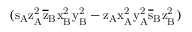
( \mathrm { s _ { A } \mathrm { z _ { A } ^ { 2 } \mathrm { \overline { { z } } _ { B } \mathrm { x _ { B } ^ { 2 } \mathrm { y _ { B } ^ { 2 } - \mathrm { z _ { A } \mathrm { x _ { A } ^ { 2 } \mathrm { y _ { A } ^ { 2 } \mathrm { \overline { { s } } _ { B } \mathrm { z _ { B } ^ { 2 } ) } } } } } } } } } }